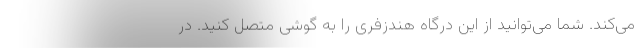
می‌کند. شما می‌توانید از این درگاه هندزفری را به گوشی متصل کنید. در